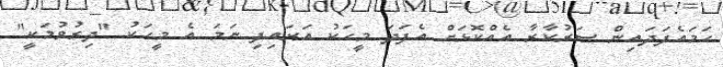
ހަމައެފަދައިން ސަރުކާރާ އެއްކޮޅަށް އެފަދަ މީހަކު އަރައިފި ނަމަ އެ މީހަކު "ދިރުވުމަކީ"